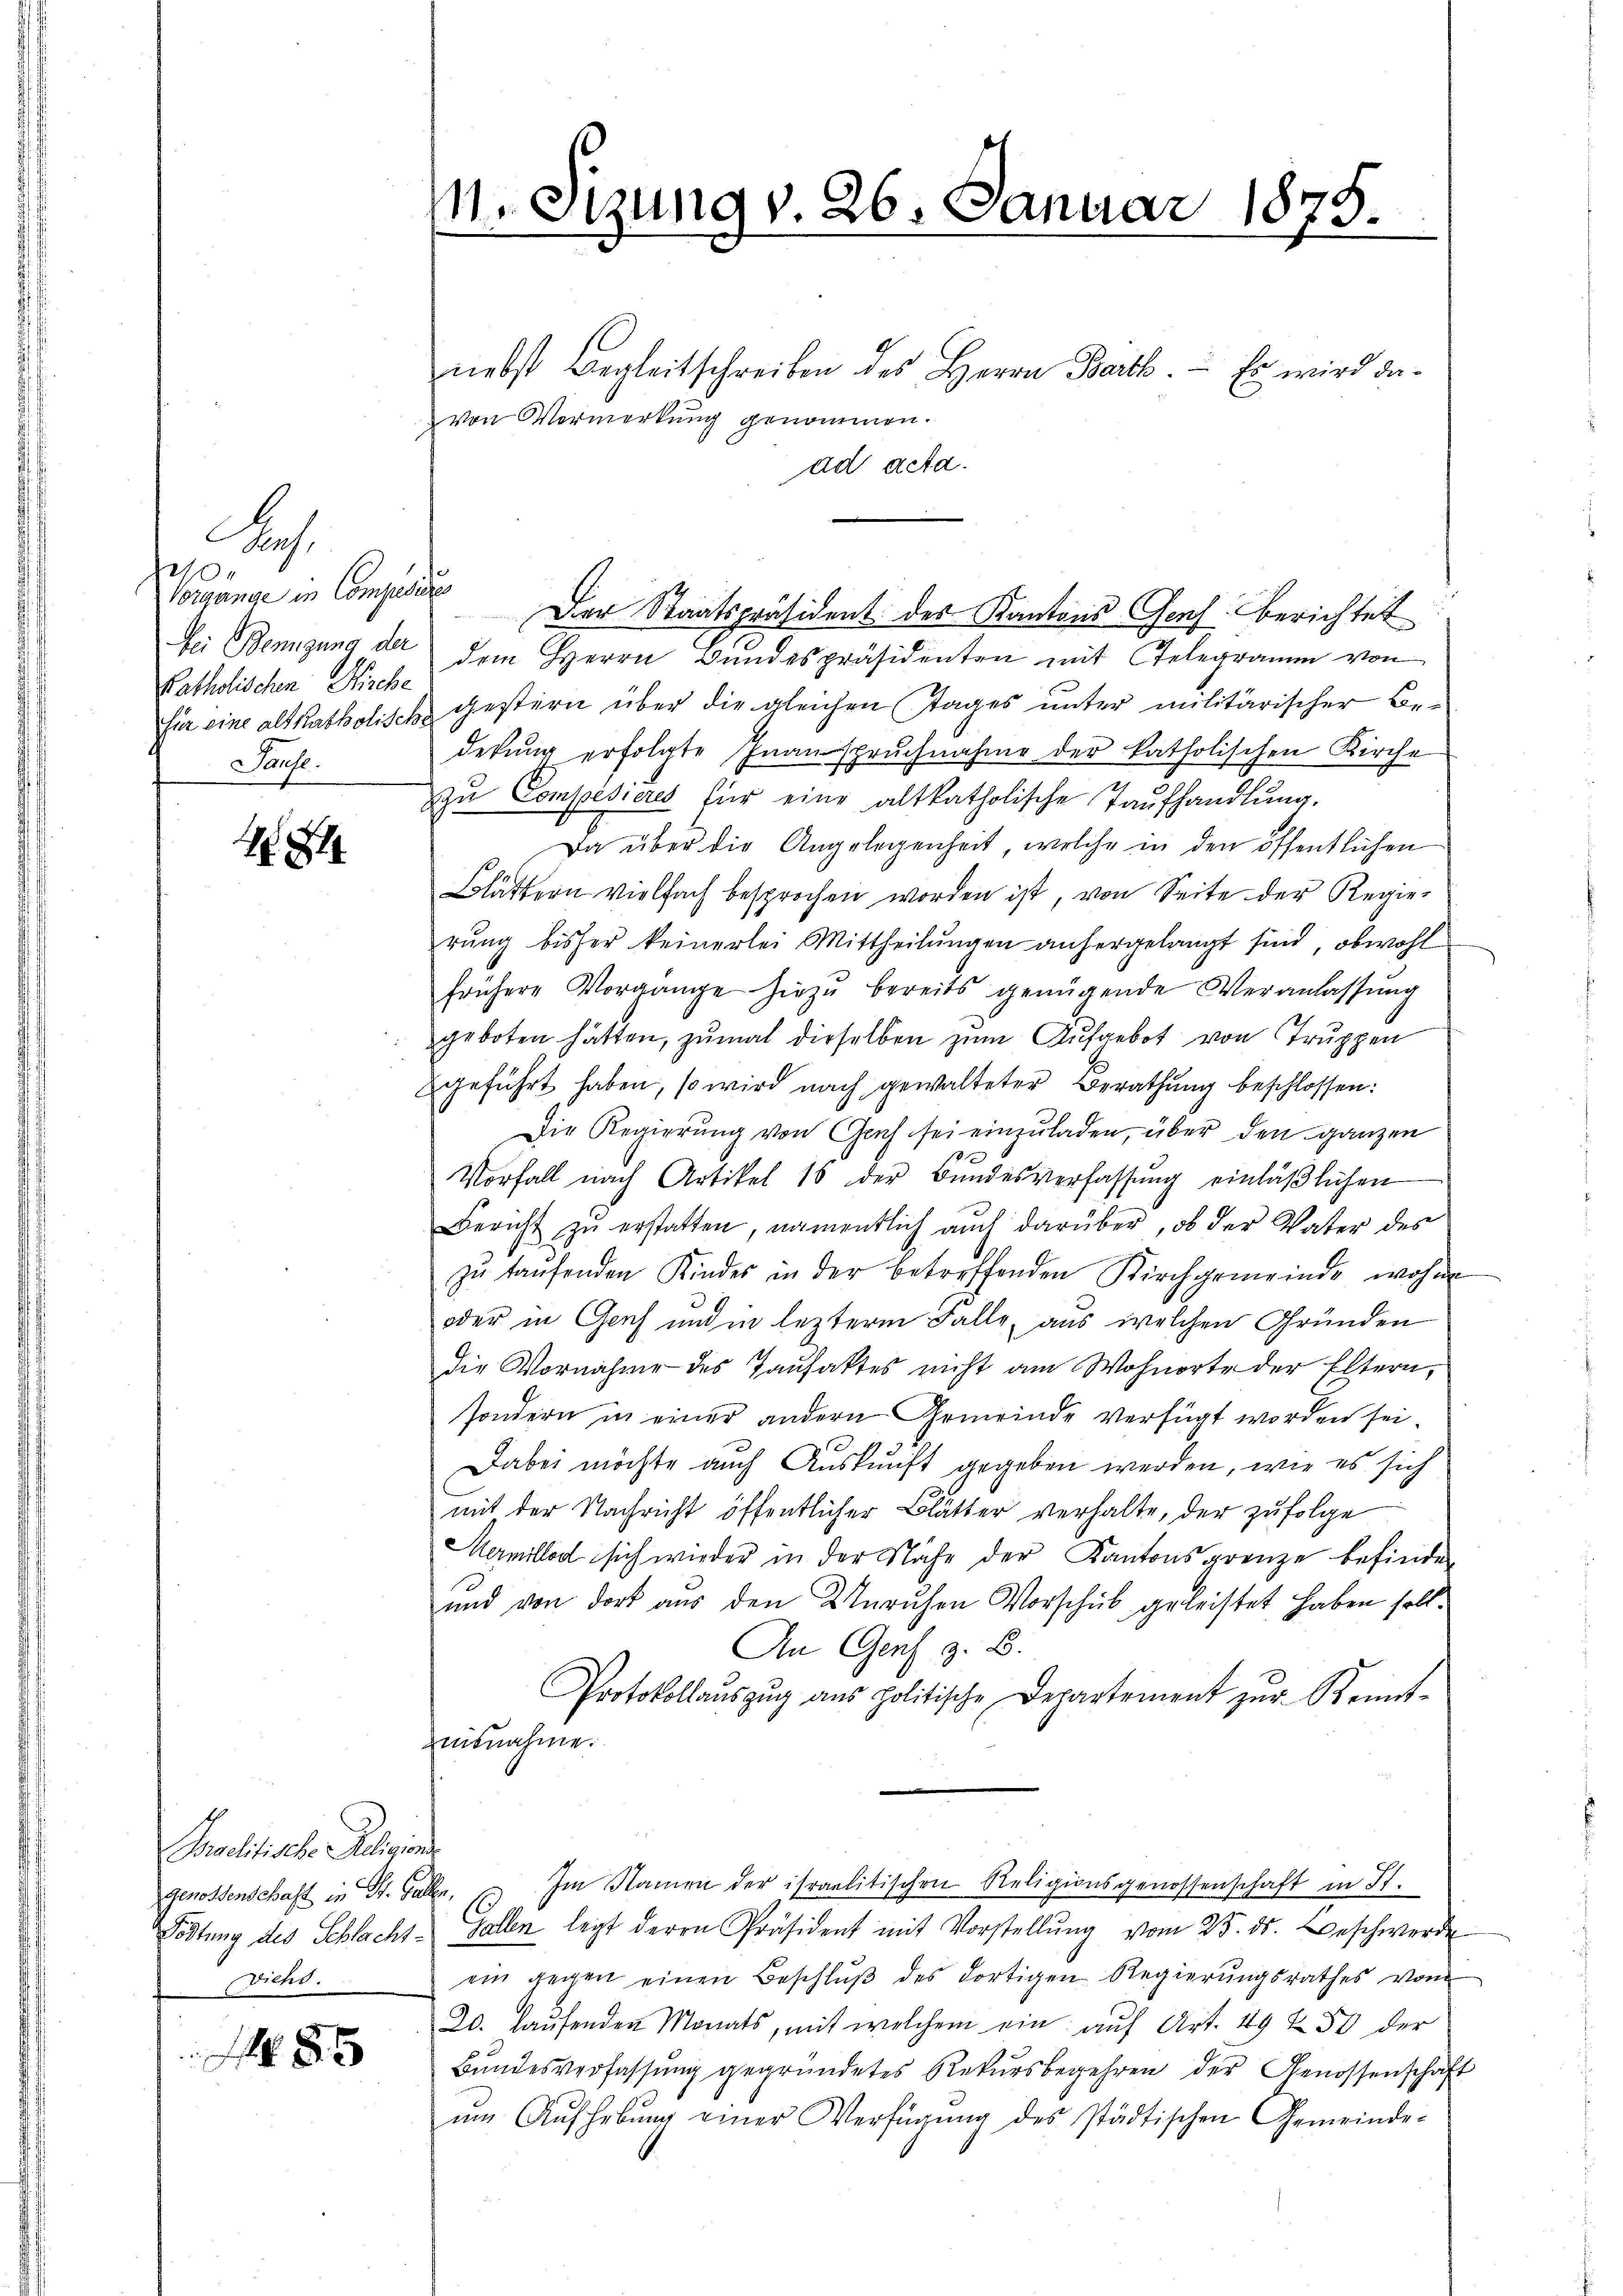
e
Vorgange in Compedires
Patholischen Kirche
Sause.

Aas

1814.

85

Paclitische Religions
Genossenschaft in St. Gallen,
Diehs.

M. Sizung v. 26. Januar 1875.

nebst Begleitschreiben des Herrn Barth. Es wird davon Vermerkung genommen.
ad acta.
Dei Bengung der dem Herrn Bundespräsidenten mit Gelegramm von
Für eine altkatholisch gestern über die gleichen Tages unter militärischer Bedetŭng erfolgte Inanspruchnahme der katholischen Kirche
zŭ Compésieres für eine altkatholische Taŭfhandlŭng.
Da über die Angelegenheit, welche in den öffentlichen
Solättern vielfach besprochen worden ist, von Seite der Regier
rung bisher keinerlei Mittheilungen anhergelangt sind, obwohl
frühere Vorgänge hiezŭ bereits genügende Veranlassŭng
geboten hätten, zumal dieselben zum Aufgebot von Truppen
geführt haben, so wird nach gewalteter Berathung beschlossen:
Die Regierung von Graf sei einzuladen, über den ganzen
Vorfall nach Artikel 16 der Bŭndesverfassŭng einläβlichen
Bericht zŭ erstatten, namentlich auch darüber, ob der Vater des
zu taufenden Kindes in der betreffenden Kirchgemeinde wohn
oder in Genf und in lezterm Falle, aus welchen Gründen
die Vornahme des Taufaktes nicht am Wohnorte der Eltern,
sondern in einer andern Gemeinde verfügt worden sei.
Dabei möchte auch Auskunft gegeben werden, wie es sich
mit der Nachricht öffentlicher Blätter verhalte, der zufolge
Mermillod sich wieder in der Nähe der Kantonsgrenze befinden
und von dort aus den Unruhen Vorschub geleistet haben soll.
An Genf z. B.
Protokollaŭszŭg ans politische Departement zŭr Kennt-
ausnahme.
Im Namen der israelitischen Religionsgenossenschaft in St.
Tödtung des Schlacht. Gallen legt deren Präsident mit Vorstellŭng vom 25. ds. Beschwerde
ein gegen einen Beschlŭβ des dortigen Regierŭngsrathes vom
20. Laufenden Monats, mit welchem ein auf Art. 19 & 50 der
Bŭndesverfassŭng gegründetes Rekŭrsbegehren der Genossenschaft
um Aufhebung einer Verfügung des städtischen Gemeinde-

Der Staatspräsident des Kantons Genf berichtet